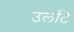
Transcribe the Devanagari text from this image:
उलटि